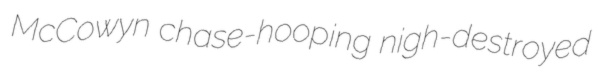
McCowyn chase-hooping nigh-destroyed